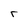
Character: r